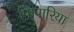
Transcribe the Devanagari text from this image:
फिपारिया